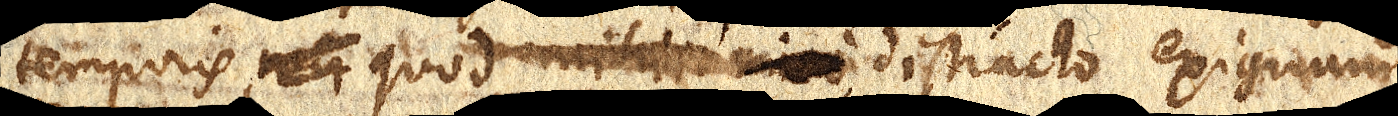
temporis, quod mihi imo distracto exiguum